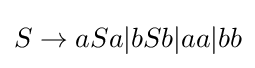
S\to aSa|bSb|aa|bb